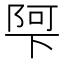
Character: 𮥌